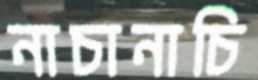
নাচানাচি